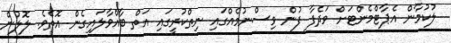
ލުކުމާން އެޕާޓްމެންޓަށް ވަދެފާ ފުން ވިސްނުމެއްގައި ނިތްކުރީގައި އަތް ބާއްވާލައިގެން އޮތެވެ. ލޮލުން